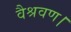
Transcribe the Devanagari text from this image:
वैश्रवण।